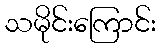
သမိုင်းကြောင်း